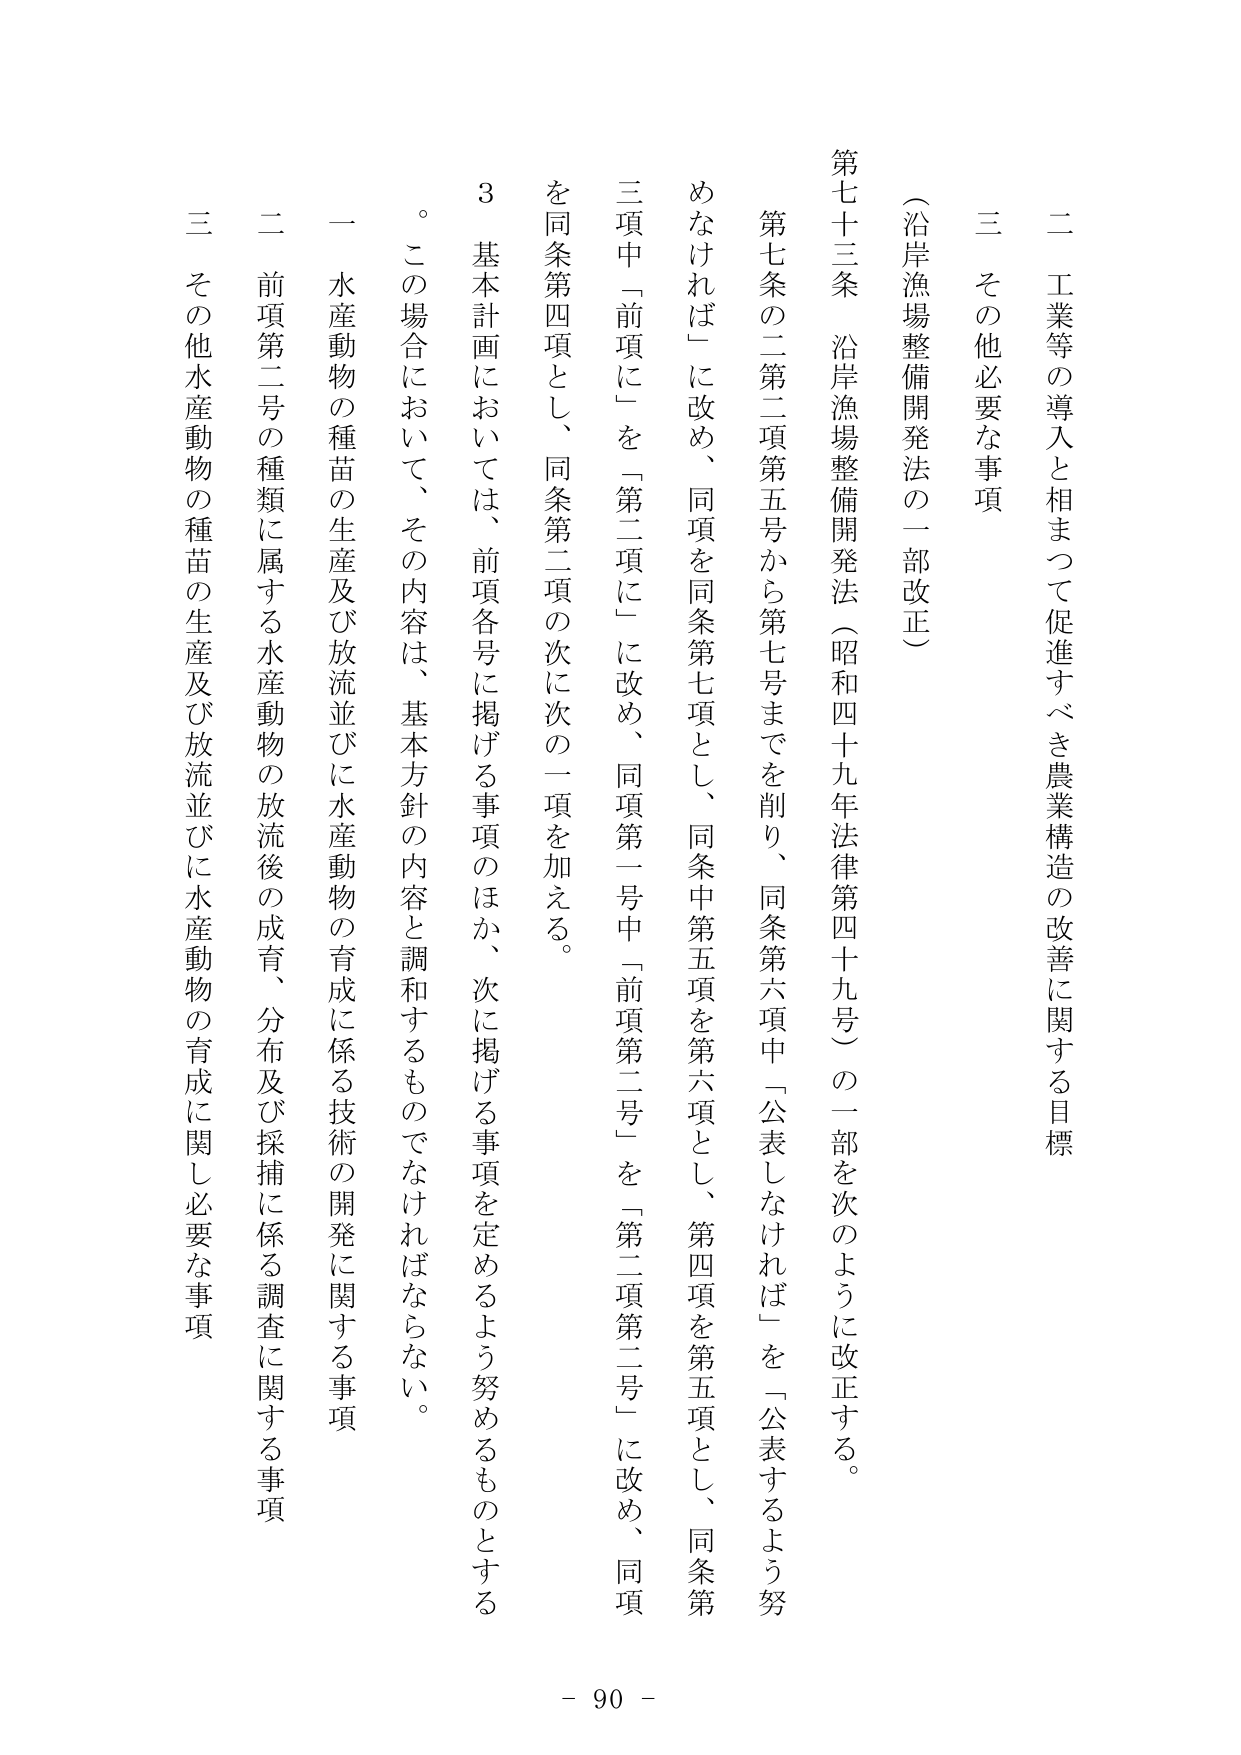
（沿岸漁場整備開発法の一部改正）

第七十三条　沿岸漁場整備開発法（昭和四十九年法律第四十九号）の一部を次のように改正する。

第七条の二第二項第五号から第七号までを削り、同条第六項中「公表しなければ」を「公表するよう努めなければ」に改め、同項を同条第七項とし、同条中第五項を第六項とし、第四項を第五項とし、同条第三項中「前項に」を「第二項に」に改め、同項第一号中「前項第二号」を「第二項第二号」に改め、同項を同条第四項とし、同条第二項の次に次の一項を加える。

３　基本計画においては、前項各号に掲げる事項のほか、次に掲げる事項を定めるよう努めるものとする。

　この場合において、その内容は、基本方針の内容と調和するものでなければならない。

一　水産動物の種苗の生産及び放流並びに水産動物の育成に係る技術の開発に関する事項

二　前項第二号の種類に属する水産動物の放流後の成育、分布及び採捕に係る調査に関する事項

三　その他水産動物の種苗の生産及び放流並びに水産動物の育成に関し必要な事項

二　工業等の導入と相まって促進すべき農業構造の改善に関する目標

三　その他必要な事項

- 90 -